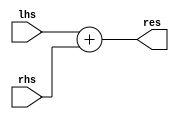
module ADDER_PC(
    input [31:0] lhs, rhs,
    output [31:0] res
);
    assign res = lhs + rhs;
endmodule